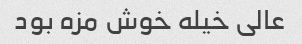
عالى خیله خوش مزه بود